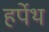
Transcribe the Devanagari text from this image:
हर्पेथ